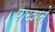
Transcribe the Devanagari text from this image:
पाखाने